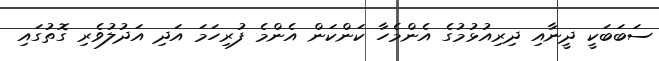
ސަބަބަކީ ދީނާއި ދިރިއުޅުމުގެ އެންމެހާ ކަންކަން އެންމެ ފުރިހަމަ އަދި އަދުލުވެރި ގޮތުގައި